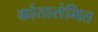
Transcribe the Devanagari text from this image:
कांतासंमित